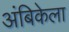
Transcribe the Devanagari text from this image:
अंबिकेला